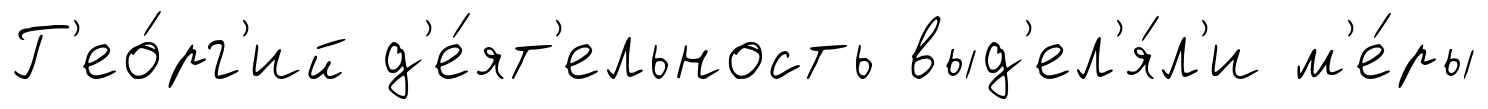
Г'ео́рг'ий д'е́ят'ельность выд'ел'я́л'и м'е́ры